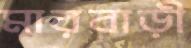
মারবাড়ী